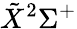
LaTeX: \tilde{X}^{2}\Sigma^{+}